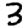
Digit: 3